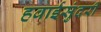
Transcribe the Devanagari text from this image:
हवाईसुंदरी